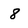
Character: 8